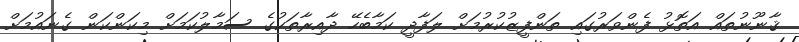
ޤާނޫނުތައް އަތޮޅު ފެންވަރުގައި ތަންފީޒުކުރުމަށް ލަފާދީ ކަމާބެހޭ ދާއިރާތަކުގެ ސަމާލުކަމަށް މިކަންކަން ގެނައުމަށް